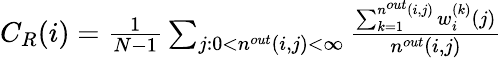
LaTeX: \begin{array}{r}{C_{R}(i)=\frac{1}{N-1}\sum_{j:0<n^{out}(i,j)<\infty}\frac{\sum_{k=1}^{n^{out}(i,j)}w_{i}^{(k)}(j)}{n^{out}(i,j)}}\end{array}